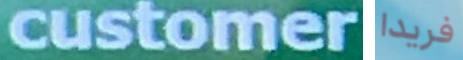
customer فريدا